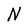
Character: N